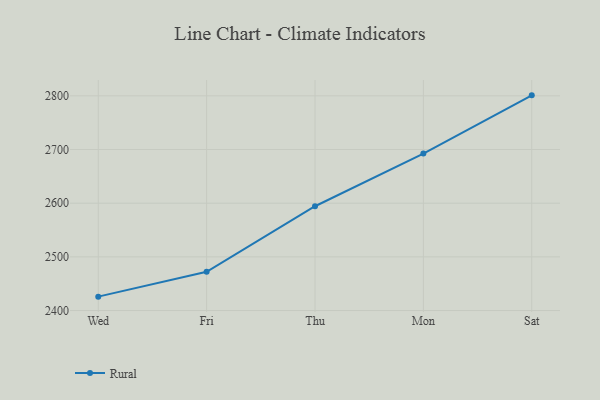
{"axis": {"x": "Day", "y": "Humidity (%)"}, "legend": ["Rural"], "data": [{"x": "Wed", "y": 2425.9, "type": "Rural"}, {"x": "Fri", "y": 2472.3, "type": "Rural"}, {"x": "Thu", "y": 2594.3, "type": "Rural"}, {"x": "Mon", "y": 2692.5, "type": "Rural"}, {"x": "Sat", "y": 2800.9, "type": "Rural"}]}